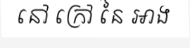
នៅ ក្រៅ នៃ អាង